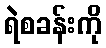
ရဲစခန်းကို